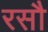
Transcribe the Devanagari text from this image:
रसौ